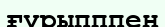
ғұрыпппен